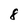
Character: 8